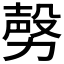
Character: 𣪤